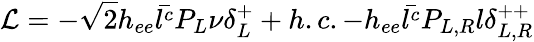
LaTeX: {\cal{L}}=-\sqrt{2}h_{ee}\bar{l^{c}}P_{L}\nu\delta_{L}^{+}+h.c.-h_{ee}\bar{l^{c}}P_{L,R}l\delta_{L,R}^{++}